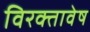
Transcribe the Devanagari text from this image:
विरक्तावेष